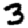
Digit: 3